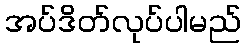
အပ်ဒိတ်လုပ်ပါမည်